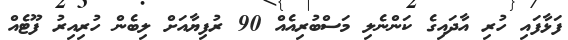
ފަޅާފައި ހުރި އާދައިގެ ކަންނެލި މަސްބުރިއެއް 90 ރުފިޔާއަށް ލިބެން ހުރިއިރު ފޫޓެއް